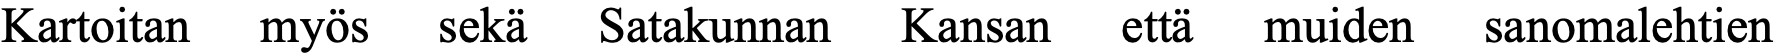
Kartoitan myös sekä Satakunnan Kansan että muiden sanomalehtien